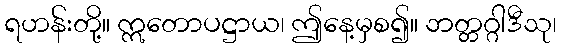
ရဟန်းတို့။ ဣတောပဋ္ဌာယ၊ ဤနေ့မှစ၍။ ဘတ္တဂ္ဂါဒီသု၊